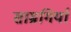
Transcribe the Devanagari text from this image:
साम्रगियाँ